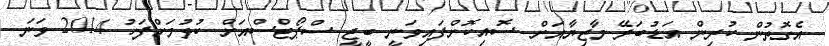
އެގޮތުން ކުރިން އަޑުބަރޭ މާޒިޔާއަށް ސޮއިކޮށްފައިވަނީ ބީޖީ ސްޕޯޓްސްއަށް ކުޅުމަށްފަހު 2014 ވަނަ